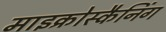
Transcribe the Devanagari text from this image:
माइक्रोस्कैनिंग